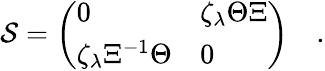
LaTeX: {\cal\mathcal{S}}=\left(\begin{array}{ll}{{0}}&{{\zeta_{\lambda}\Theta\Xi}}\\ {{\zeta_{\lambda}\Xi^{-1}\Theta}}&{{0}}\end{array}\right)\quad.